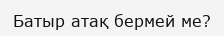
Батыр атақ бермей ме?